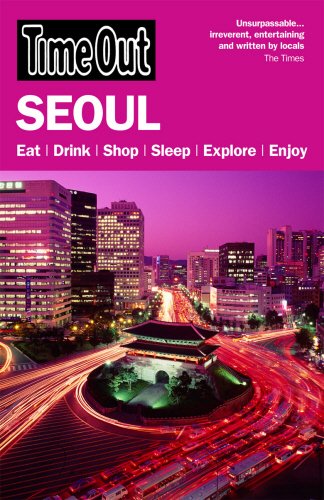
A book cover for Time Out Seoul (Time Out Guides); Travel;